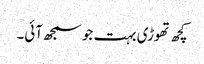
کچھ تھوڑی بہت جو سمجھ آئی۔